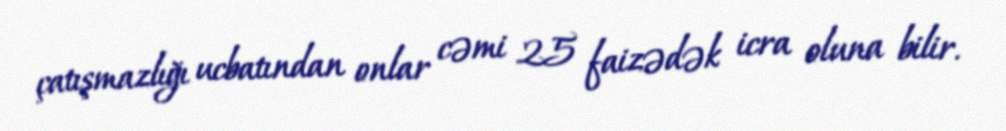
çatışmazlığı ucbatından onlar cəmi 25 faizədək icra oluna bilir.